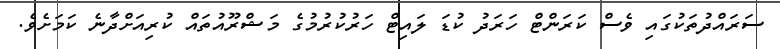
ސަރައްދުތަކުގައި ވެސް ކަރަންޓް ހަރަދު ކުޑަ ލައިޓް ހަރުކުރުމުގެ މަޝްރޫއުތައް ކުރިއަށްދާނެ ކަމަށެވެ.